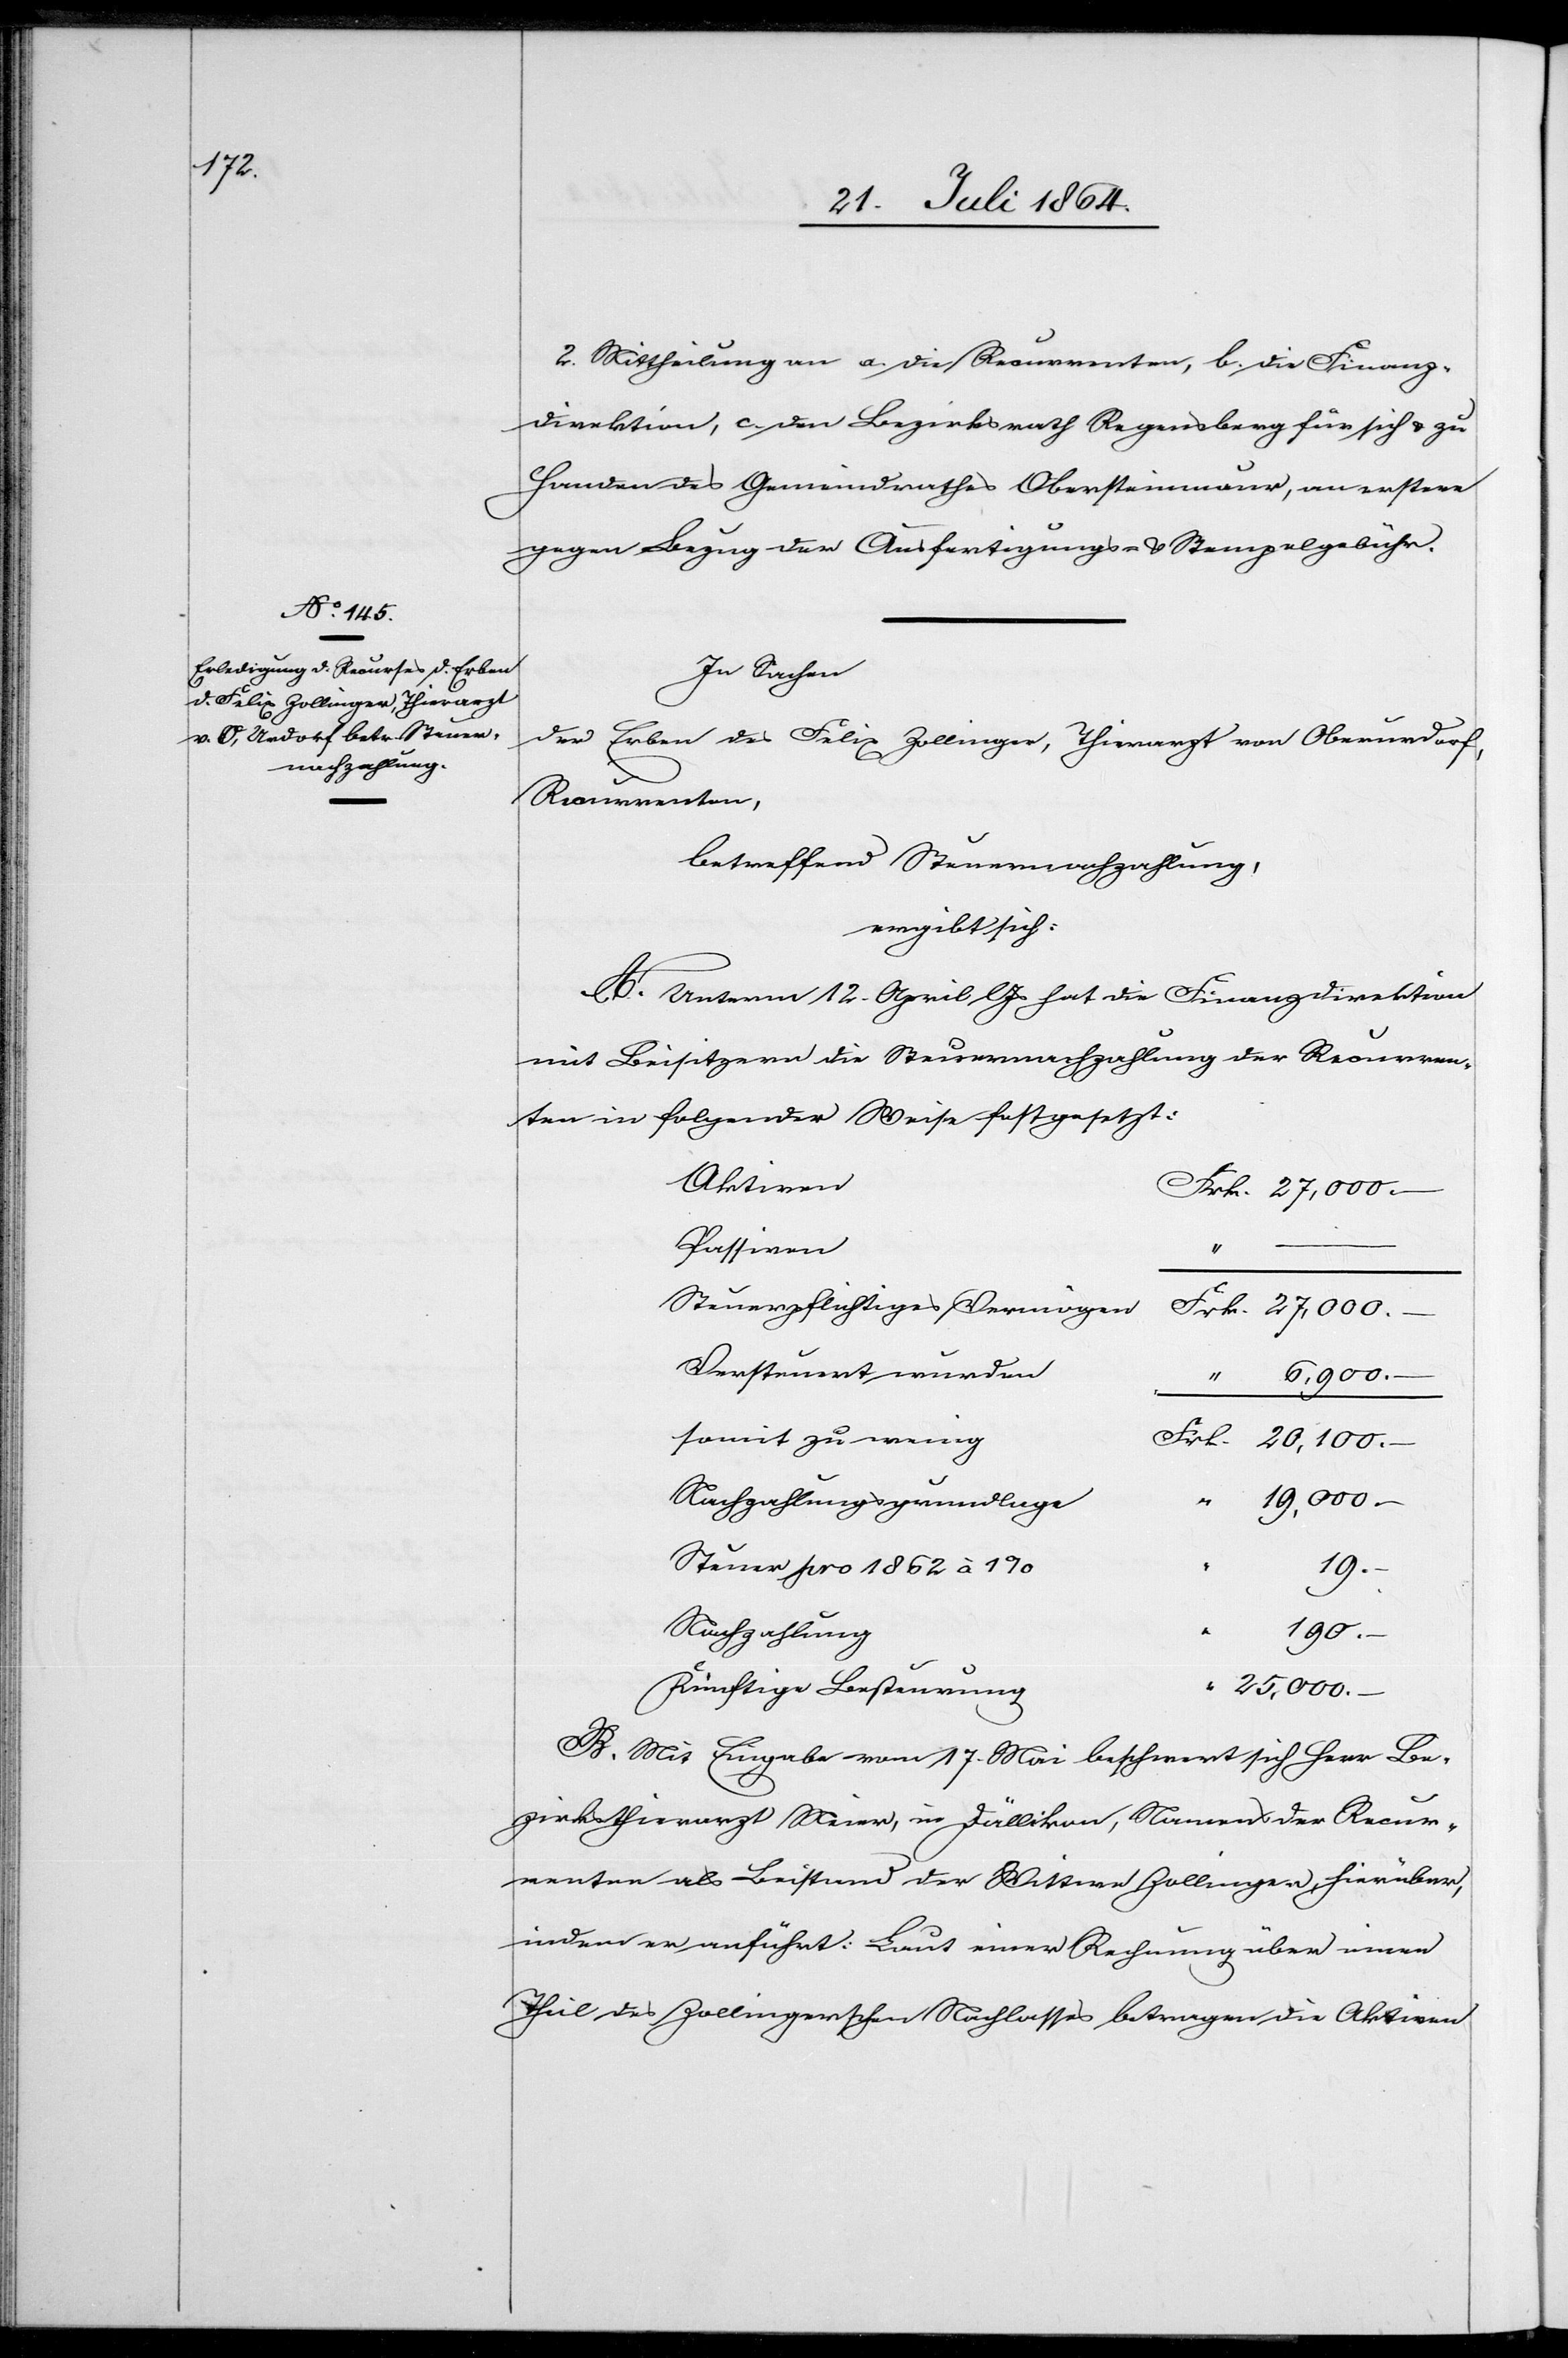
2. Mittheilung an a. die Recurrenten, b. die Finanz¬
direktion, c. den Bezirksrath Regensberg für sich u. zu
Handen des Gemeindrathes Obersteinmaur, an erstere
gegen Bezug der Ausfertigungs- u. Stempelgebühr.
In Sachen
der Erben des Felix Zollinger, Thierarzt von Oberurdorf,
Recurrenten,
betreffend Steuernachzahlung,
ergibt sich:
A. Unterm 12. April l. Js. hat die Finanzdirektion
mit Beisitzern die Steuernachzahlung der Recurren¬
ten folgender Weise festgesetzt:
Aktiven
Passiven
“
Steuerpflichtiges Vermögen
Versteuert wurden
6,900.–
somit zu wenig
Nachzahlungsgrundlage
Steuer pro 1862 à 1%
19.–
Nachzahlung
190.–
“
25,000.–
Künftige Besteuerung
B. Mit Eingabe vom 17. Mai beschwert sich Herr Be¬
zirksthierarzt Meier, in Dällikon, Namens der Recur¬
renten als Beistand der Wittwe Zollinger, hierüber,
indem er anführt: Laut einer Rechnung über einen
Theil des Zollingerschen Nachlasses betragen die Aktiven